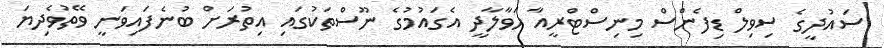
ސައުދީގެ ސިވިލް ޑިފެންސް މިނިސްޓްރީއާ ހަވާލާދީ އެގައުމުގެ ނޫސްތަކުގައި އިތުރަށް ބުނެފައިވަނީ ވޭތުވެދިޔަ